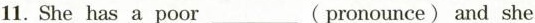
11. She has a poor ___ (pronounce) and she